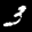
Label: 3